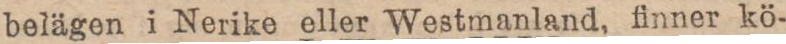
belägen i Nerike eller Westmanland, finner kö-